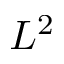
L ^ { 2 }